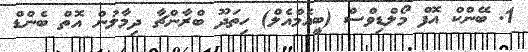
1. ބޭންކް އޮފް މޯލްޑިވްސް (ބީއެމްއެލް) ހިތަދޫ ބްރާންޗާ ދިމާލުން އޮތް ބެންޑް